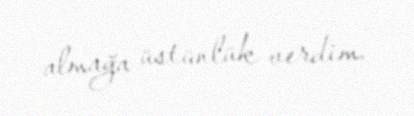
almağa üstünlük verdim.